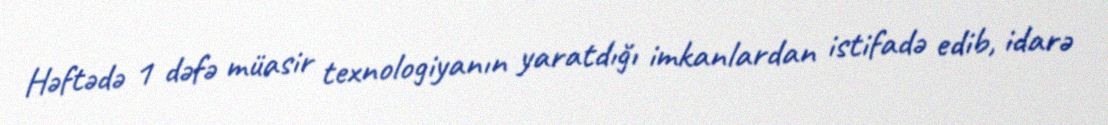
Həftədə 1 dəfə müasir texnologiyanın yaratdığı imkanlardan istifadə edib, idarə